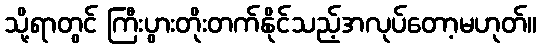
သို့ရာတွင် ကြီးပွားတိုးတက်နိုင်သည့်အလုပ်တော့မဟုတ်။